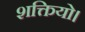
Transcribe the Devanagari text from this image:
शक्तियो।